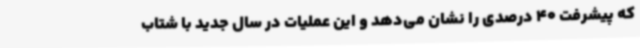
که پیشرفت 40 درصدی را نشان می‌دهد و این عملیات در سال جدید با شتاب